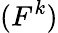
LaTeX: (F^{k})